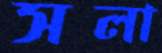
সলা